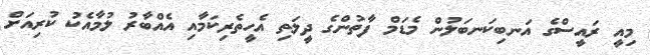
މިއީ ރައީސްގެ އަނބިކަނބަލުން މެޑަމް ފާތުންގެ ދީލަތި އެހީތެރިކަމާއި އެއްބާރު ލުމާއެކު ކުރިއަށް